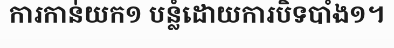
ការកាន់យក១ បន្លំដោយការបិទបាំង១។